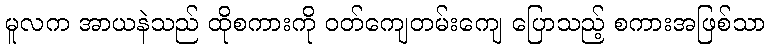
မူလက အာယနဲသည် ထိုစကားကို ဝတ်ကျေတမ်းကျေ ပြောသည့် စကားအဖြစ်သာ